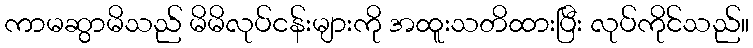
ကာမဆွာမိသည် မိမိလုပ်ငန်းများကို အထူးသတိထားပြီး လုပ်ကိုင်သည်။